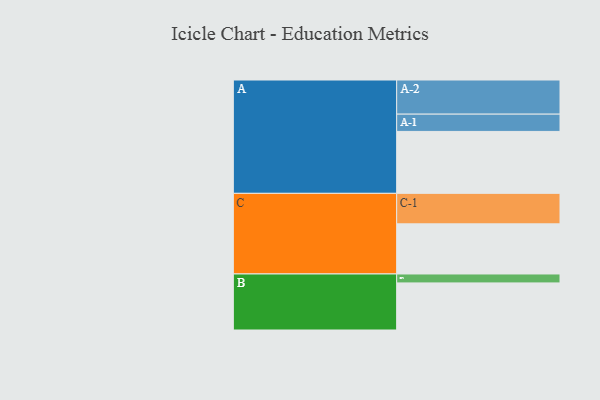
{"axis": {"x": "Segment", "y": "Value"}, "legend": ["", "A", "B", "C"], "data": [{"x": "A", "y": 526, "type": ""}, {"x": "B", "y": 400, "type": ""}, {"x": "C", "y": 426, "type": ""}, {"x": "A-1", "y": 147, "type": "A"}, {"x": "A-2", "y": 290, "type": "A"}, {"x": "B-1", "y": 76, "type": "B"}, {"x": "C-1", "y": 259, "type": "C"}]}